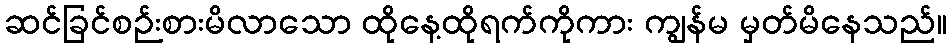
ဆင်ခြင်စဉ်းစားမိလာသော ထိုနေ့ထိုရက်ကိုကား ကျွန်မ မှတ်မိနေသည်။